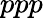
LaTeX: ppp